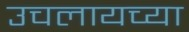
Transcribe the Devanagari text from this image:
उचलायच्या